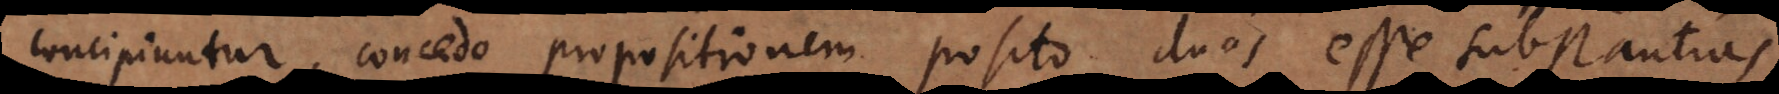
concipiuntur, concedo propositionem posito duas esse substantias